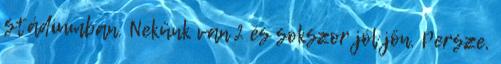
stádiumban. Nekünk van 2 és sokszor jól jön. Persze,